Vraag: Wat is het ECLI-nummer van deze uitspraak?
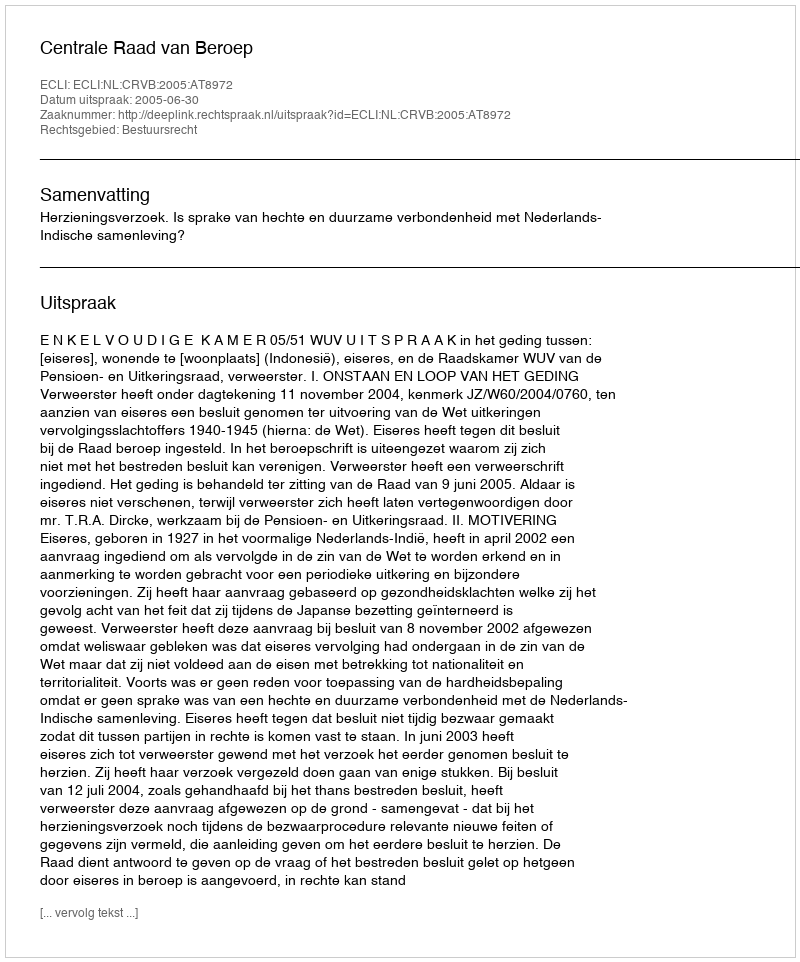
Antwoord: ECLI:NL:CRVB:2005:AT8972